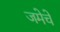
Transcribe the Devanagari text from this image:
जमेचे